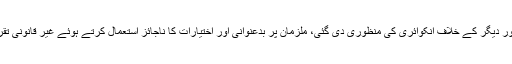
اجلاس میں ڈاکٹر اکرم چوہدری وائس چانسلر یونیورسٹی آف سرگودھا اور دیگر کے خلاف انکوائری کی منظوری دی گئی، ملزمان پر بدعنوانی اور اختیارات کا ناجائز استعمال کرتے ہوئے غیر قانونی تقرریاں کرتے ہوئے مبینہ طور پر قومی خزانہ کو بھاری نقصان پہنچایا۔